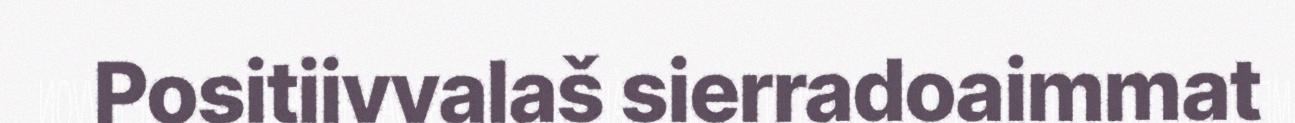
Positiivvalaš sierradoaimmat